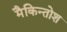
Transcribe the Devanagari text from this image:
मैकिन्तोश